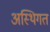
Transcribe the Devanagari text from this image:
अस्थिगत